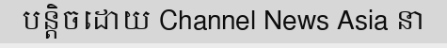
បន្តិចដោយ Channel News Asia នា